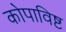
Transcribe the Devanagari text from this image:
कोपाविष्ट